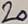
Text: 20